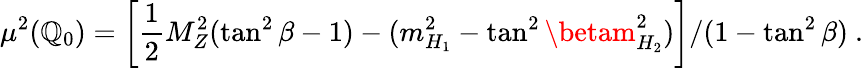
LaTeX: \mu^{2}(\mathbb{Q}_{0})=\left[\frac{{1}}{{2}}M_{Z}^{2}(\tan^{2}\beta-1)-(m_{H_{1}}^{2}-\tan^{2}\betam_{H_{2}}^{2})\right]/(1-\tan^{2}\beta)~.